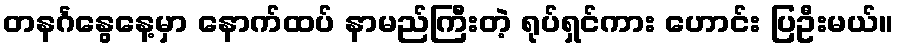
တနင်္ဂနွေနေ့မှာ နောက်ထပ် နာမည်ကြီးတဲ့ ရုပ်ရှင်ကား ဟောင်း ပြဦးမယ်။